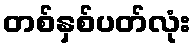
တစ်နှစ်ပတ်လုံး